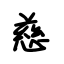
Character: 慈